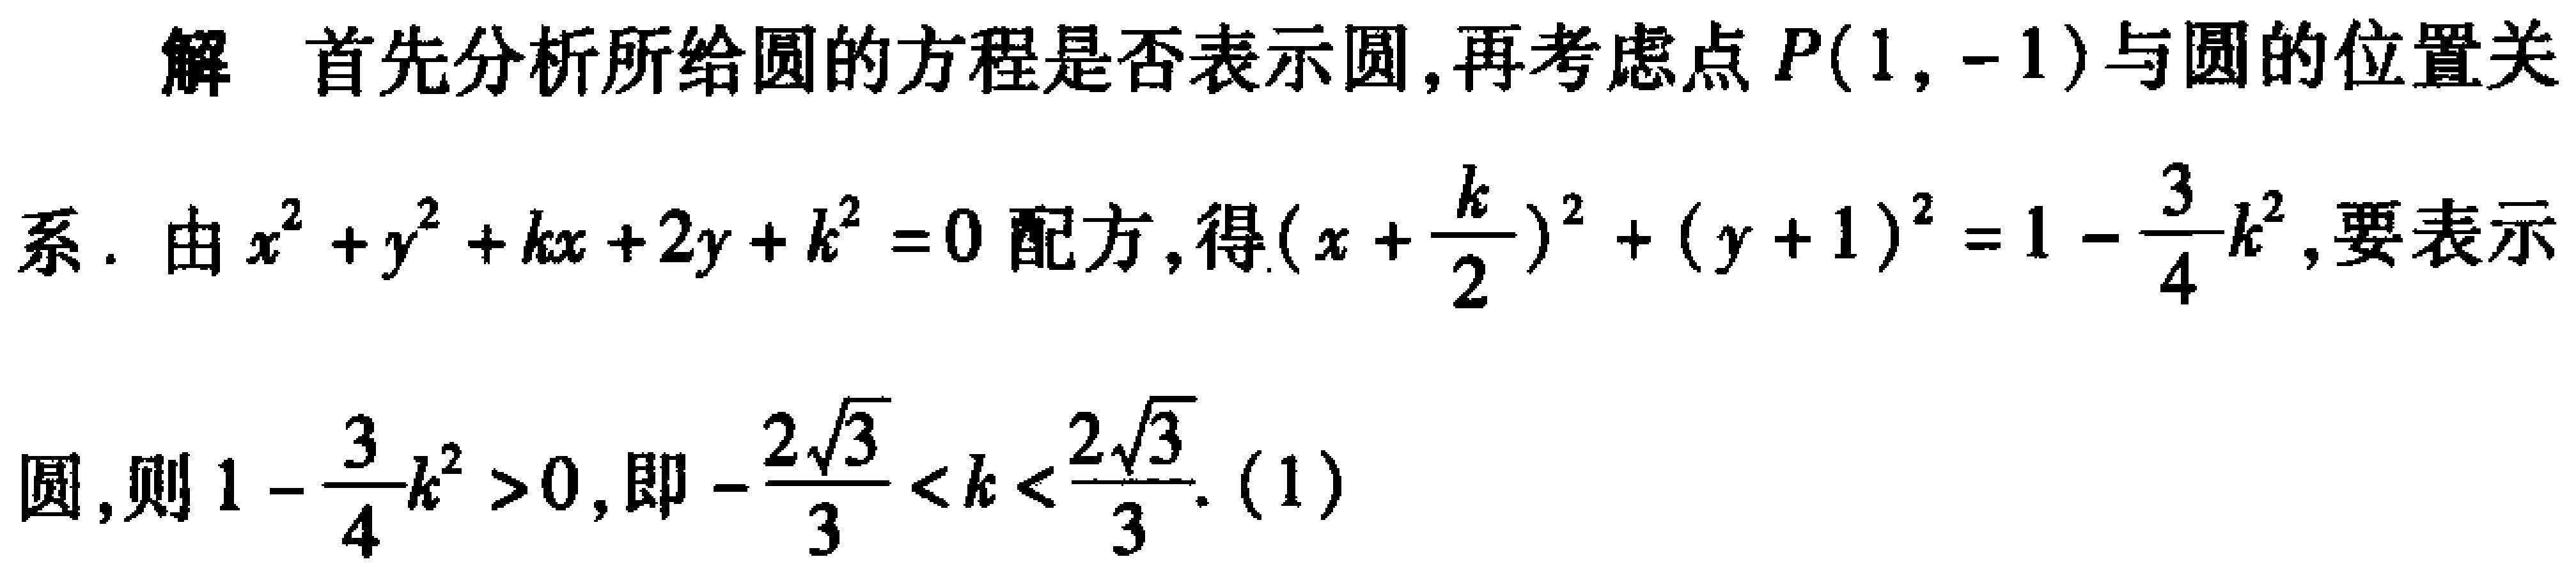
解 首先分析所给圆的方程是否表示圆,再考虑点 \(P(1,-1)\)与圆的位置关
系. 由 \(x^{2}+y^{2}+kx + 2y + k^{2}=0\) 配方,得\((x+\frac{k}{2})^{2}+(y + 1)^{2}=1-\frac{3}{4}k^{2}\),要表示
圆,则 \(1-\frac{3}{4}k^{2}>0\),即 \(-\frac{2\sqrt{3}}{3}<k<\frac{2\sqrt{3}}{3}\). (1)